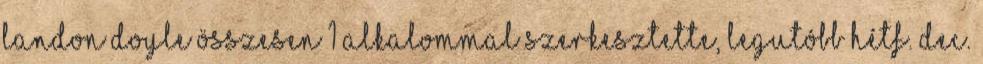
Landon Doyle összesen 1 alkalommal szerkesztette, legutóbb Hétf. Dec.